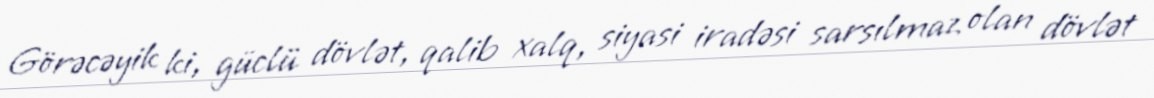
Görəcəyik ki, güclü dövlət, qalib xalq, siyasi iradəsi sarsılmaz olan dövlət